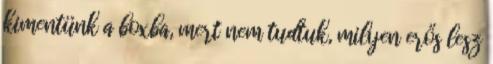
kimentünk a boxba, mert nem tudtuk, milyen erős lesz